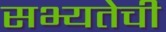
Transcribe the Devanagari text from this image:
सभ्यतेची